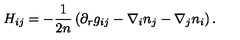
H _ { i j } = - \frac 1 { 2 n } \left( \partial _ { r } g _ { i j } - \nabla _ { i } n _ { j } - \nabla _ { j } n _ { i } \right) .